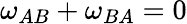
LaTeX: \omega_{AB}+\omega_{BA}=0